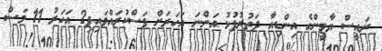
ރައީސް ޔާމީންގެ އިންޑިއާ ދަތުރުފުޅު އަންނަ އަހަރަށް ފަސްކުރައްވައިފި2 އަހަރު 11 މަސް